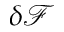
\delta \mathcal { F }